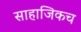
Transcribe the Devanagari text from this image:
साहाजिकच